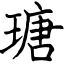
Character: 瑭